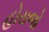
હોયજો